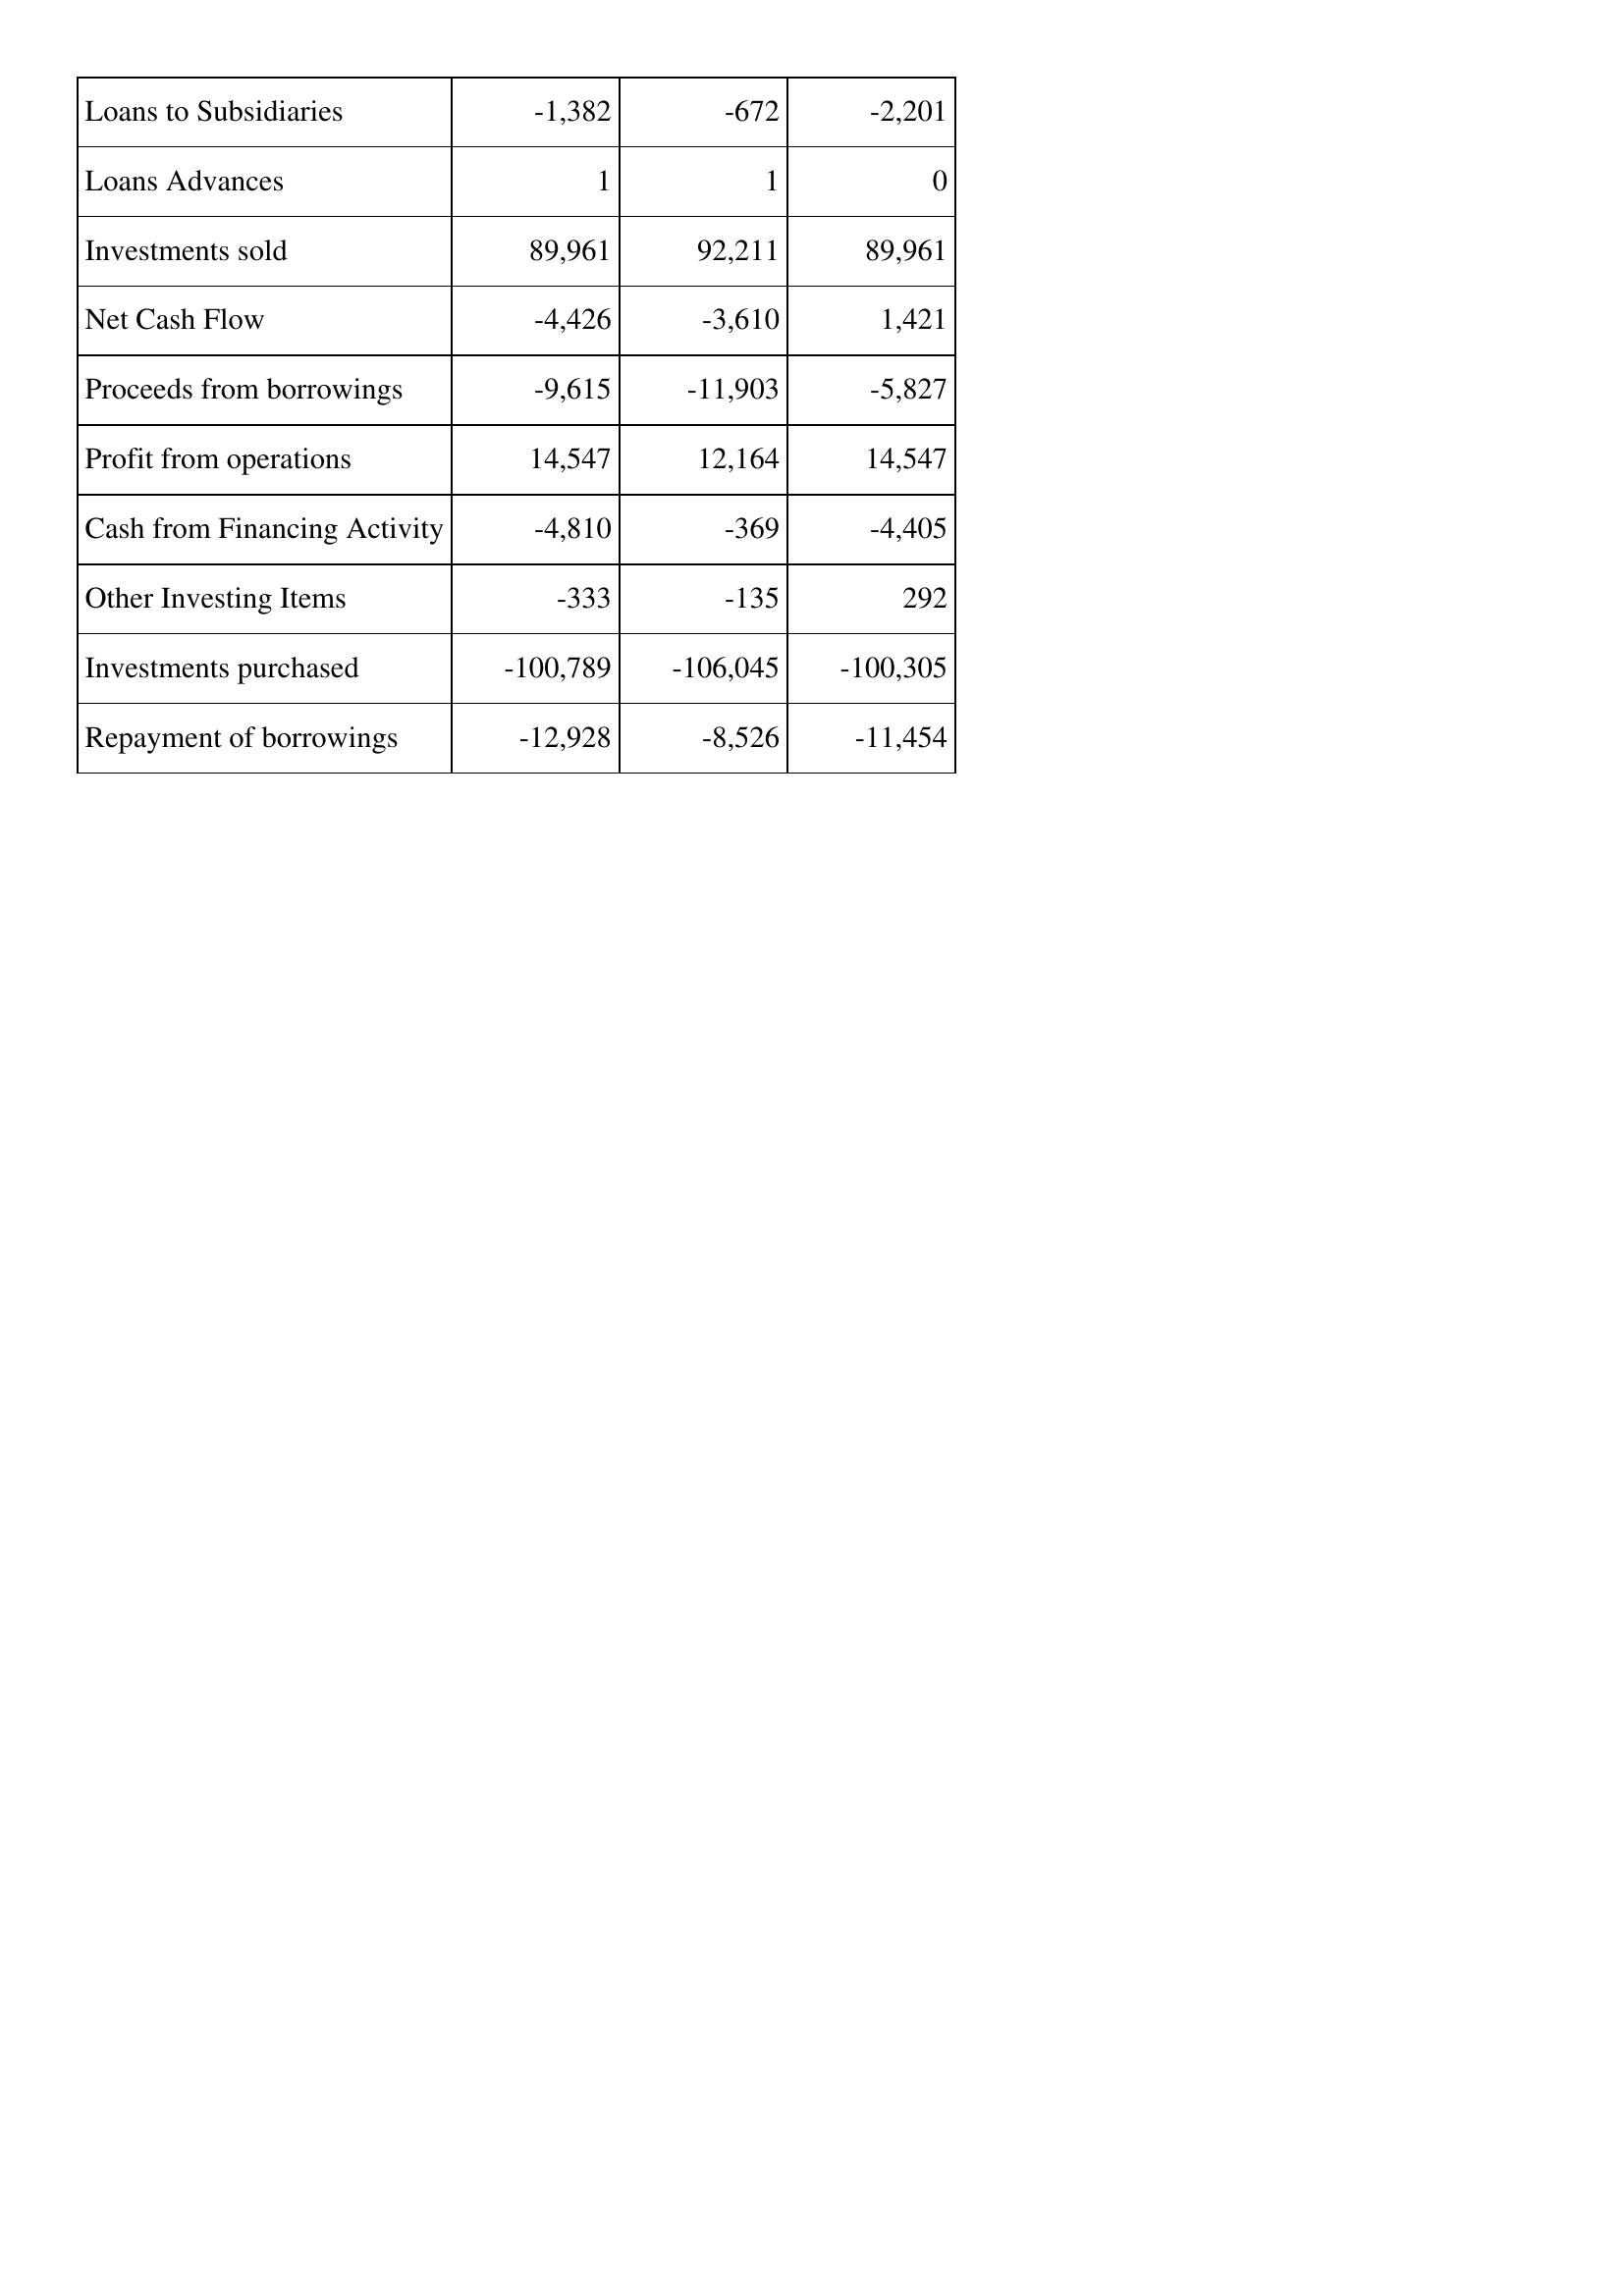
Aug-16: Cash Flows: Loans to Subsidiaries: -1,382
Loans Advances: 1
Investments sold: 89,961
Net Cash Flow: -4,426
Proceeds from borrowings: -9,615
Profit from operations: 14,547
Cash from Financing Activity: -4,810
Other Investing Items: -333
Investments purchased: -100,789
Repayment of borrowings: -12,928
Aug-17: Cash Flows: Loans to Subsidiaries: -672
Loans Advances: 1
Investments sold: 92,211
Net Cash Flow: -3,610
Proceeds from borrowings: -11,903
Profit from operations: 12,164
Cash from Financing Activity: -369
Other Investing Items: -135
Investments purchased: -106,045
Repayment of borrowings: -8,526
Aug-18: Cash Flows: Loans to Subsidiaries: -2,201
Loans Advances: 0
Investments sold: 89,961
Net Cash Flow: 1,421
Proceeds from borrowings: -5,827
Profit from operations: 14,547
Cash from Financing Activity: -4,405
Other Investing Items: 292
Investments purchased: -100,305
Repayment of borrowings: -11,454